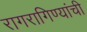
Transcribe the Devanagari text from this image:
रागरागिण्यांची